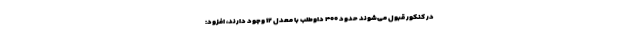
در کنکور قبول می‌شوند حدود ۴۰۰ داوطلب با معدل ۱۲ وجود دارند، افزود: